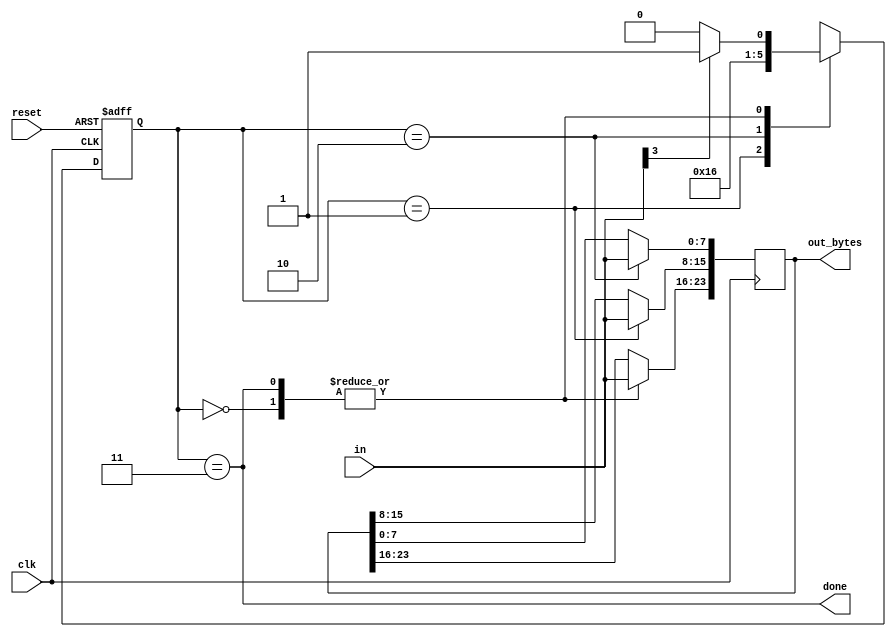
module top_module(
    input clk,
    input [7:0] in,
    input reset,    // Synchronous reset
    output reg [23:0] out_bytes,
    output done
    );

    // FSM from fsm_ps2
    parameter A = 0, B = 1, C = 2, D = 3;
    reg [1:0] state, next_state;
    // State transition logic (combinational)
    always @(*) begin
        case (state)
            A: next_state = (in[3] == 1) ? B : A;
            B: next_state = C;
            C: next_state = D;
            D: next_state = (in[3] == 1) ? B : A;
            default: next_state = A;
        endcase
    end
    // State flip-flops (sequential)
    always @(posedge clk or posedge reset) begin
        if (reset) state <= A;
        else state <= next_state;
    end
    // Output logic
    assign done = (state == D);
    // New: Datapath to store incoming bytes.
    always@(posedge clk)
        case(state)
            A:out_bytes[23:16] <= in;
            B:out_bytes[15:8] <= in;
            C:out_bytes[7:0] <= in;
            D:out_bytes[23:16] <= in; 
        endcase
endmodule